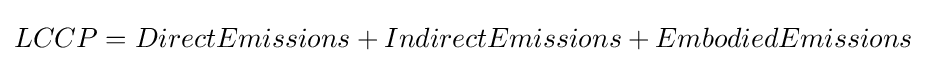
LCCP=DirectEmissions+IndirectEmissions+EmbodiedEmissions